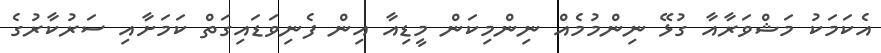
އެކަމަކު މަޝްވަރާއާ ގުޅޭ ނިންމުމެއް ނިންމިކަން މީޑިއާ އިން ފެނިވަޑައިގަތް ކަމަށާއި ސަރުކާރުގެ